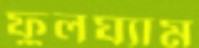
ফুলঘ্যাম